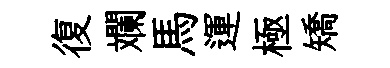
復斕馬運極矯